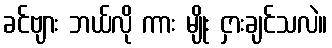
ခင်ဗျား ဘယ်လို ကား မျိုး ငှားချင်သလဲ။